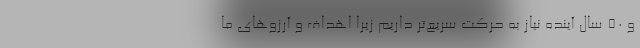
و ۵۰ سال آینده نیاز به حرکت سریع‌تر داریم زیرا اهداف و آرزوهای ما